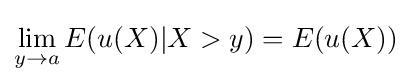
\lim _{y\to a}E(u(X)|X>y)=E(u(X))